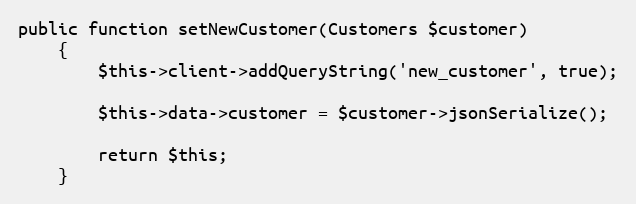
Language: PHP
public function setNewCustomer(Customers $customer)
    {
        $this->client->addQueryString('new_customer', true);

        $this->data->customer = $customer->jsonSerialize();

        return $this;
    }